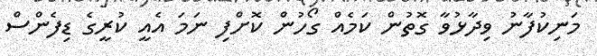
މަނިކުފާނު ވިދާޅުވާ ގޮތުން ކަމެއް ގޯހުން ކޮށްފި ނަމަ އެއީ ކުރީގެ ޑިފެންސް